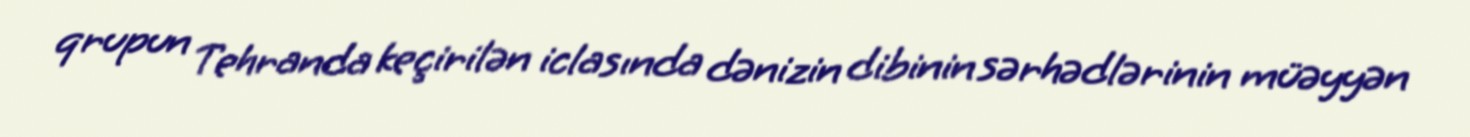
qrupun Tehranda keçirilən iclasında dənizin dibinin sərhədlərinin müəyyən